Report on the working of the Ranchi Indian Mental Hospital, Kanke, in Bihar and Orissa - 1930-1940
Year: 1930
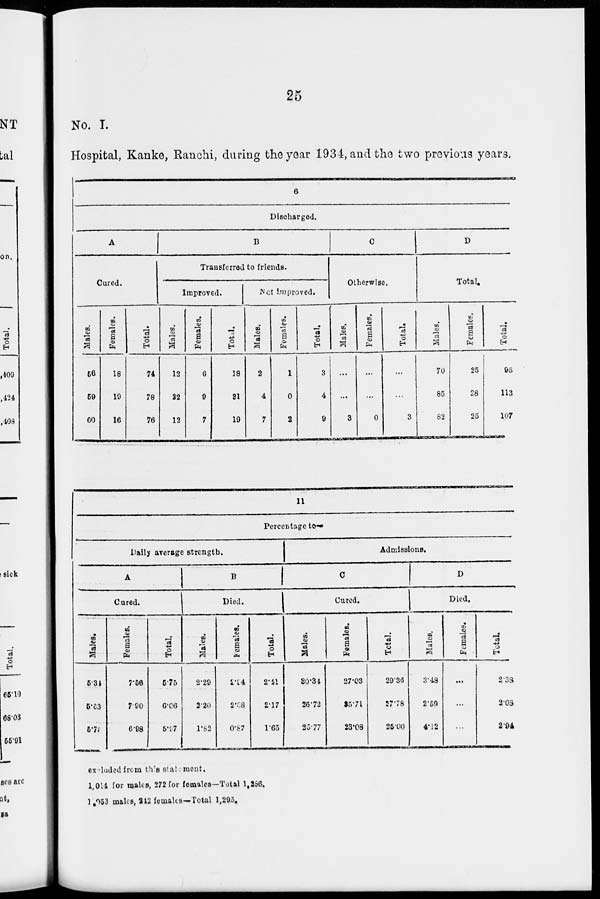
25
No. I.
Hospital, Kanke, Ranchi, during the year 1934, and the two previous years.
6
Discharged.
A
Cured.
Males.
56
59
60
Females.
18
19
16
Total.
74
78
76
B
Transferred to friends.
Improved.
Males.
12
22
13
Females.
6
9
7
Total.
18
31
19
Not improved.
Males.
2
4
7
Females.
1
0
2
Total.
3
4
9
C
Otherwise.
Males.
...
...
3
Females.
...
...
0
Total.
...
...
3
D
Total.
Males.
70
85
82
Females.
25
28
25
Total.
95
113
107
11
Percentage to—
Daily average strength.
A
Cured.
Males.
5.34
5.63
5.75
Females.
7.56
7.90
6.98
Total.
5.75
6.06
5.97
B
Died.
Males.
2.29
2.20
1.82
Females.
2.94
2.68
0.87
Total.
2.41
2.17
1.65
Admissions.
C
Cured.
Males.
30.34
26.72
25.77
Females.
27.03
35.71
23.08
Total.
29.36
27.78
25.00
D
Died.
Males.
3.48
2.59
4.12
Females.
...
...
...
Total.
2.38
2.08
2.94
excluded from this statement.
1,014 for males, 272 for females—Total 1,256.
1,953 males, 242 females—Total 1,295.